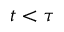
t < \tau